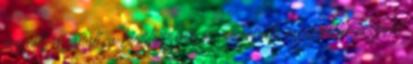
megítélése javult, a készletszinté és a várható rendeléseké viszont